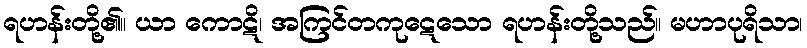
ရဟန်းတို့၏။ ယာ ကောဋိ၊ အကြင်တကုဋေသော ရဟန်းတို့သည်။ မဟာပုရိသာ၊